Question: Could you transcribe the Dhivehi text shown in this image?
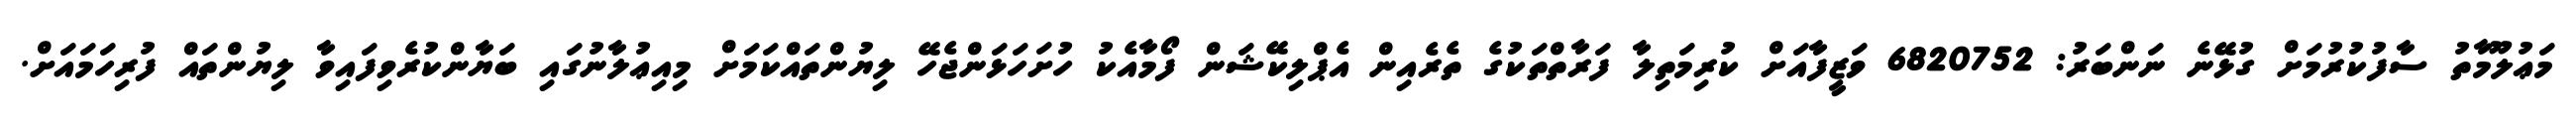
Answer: މަޢުލޫމާތު ސާފުކުރުމަށް ގުޅޭނެ ނަންބަރު: 6820752 ވަޒީފާއަށް ކުރިމަތިލާ ފަރާތްތަކުގެ ތެރެއިން އެޕްލިކޭޝަން ފޯމާއެކު ހުށަހަޅަންޖެހޭ ލިޔުންތައްކަމަށް މިއިޢުލާނުގައި ބަޔާންކުރެވިފައިވާ ލިޔުންތައް ފުރިހަމައަށް.